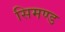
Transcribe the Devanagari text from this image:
सिमण्ड